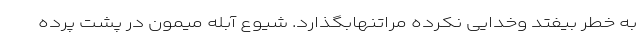
به خطر بیفتد وخدایی نکرده مراتنهابگذارد. شیوع آبله میمون در پشت پرده